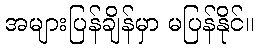
အများပြန်ချိန်မှာ မပြန်နိုင်။